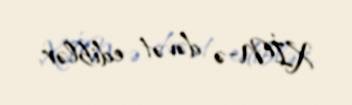
XİN-ə dəvət ediblər.